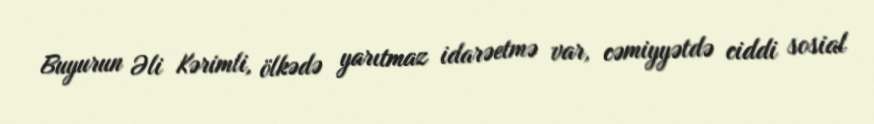
Buyurun Əli Kərimli, ölkədə yarıtmaz idarəetmə var, cəmiyyətdə ciddi sosial